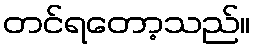
တင်ရတော့သည်။